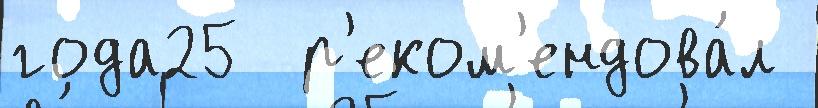
года25  р'еком'ендова́л